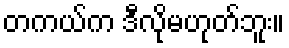
တကယ်က ဒီလိုမဟုတ်ဘူး။